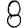
Digit: 8